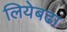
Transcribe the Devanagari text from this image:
लियेबढा